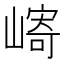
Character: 𫶓